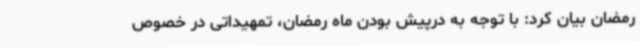
رمضان بیان کرد: با توجه به درپیش بودن ماه رمضان، تمهیداتی در خصوص